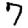
Digit: 7